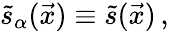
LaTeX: \tilde{s}_{\alpha}(\vec{x})\equiv\tilde{s}(\vec{x})\, ,